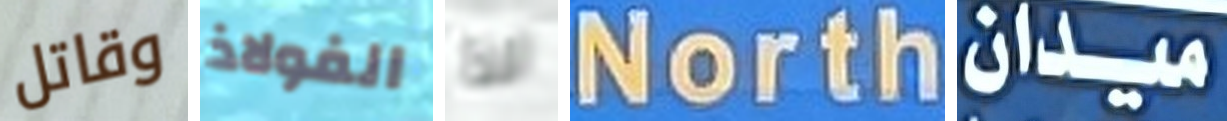
وقاتل الفولاذ لذا North ميدان